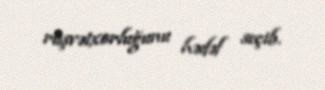
rüşvətxorluğunu hədəf seçib.